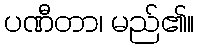
ပဏီတာ၊ မည်၏။